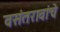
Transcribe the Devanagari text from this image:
वसंतरावांचे